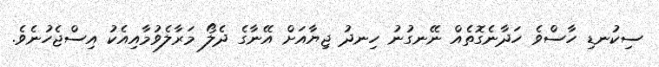
ސިކުނޑި ހާސްވެ ހަދާނެގޮތެއް ނޭނގުނު ހިނދު ޖިޔާއަށް އޭނާގެ ދެލޯ މަރާލެވުމާއިއެކު އިސްޖެހުނެވެ.